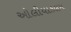
ઓલીયાકલમ